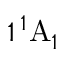
1 \, ^ { 1 } \mathrm { A } _ { 1 }